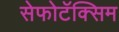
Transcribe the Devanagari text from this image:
सेफोटॅक्सिम